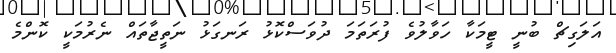
އަލަގިޗް ބުނީ ޓީމަކާ ހަވާލުވެ ފުރަތަމަ ދުވަސްކޮޅު ރަނގަޅު ނަތީޖާތައް ނެރުމަކީ ކޮންމެ